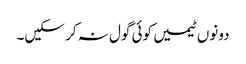
دونوں ٹیمیں کوئی گول نہ کر سکیں۔